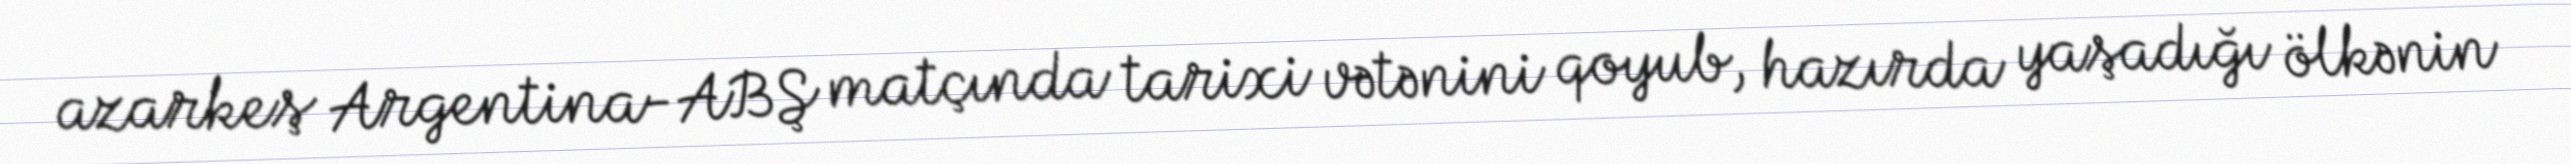
azarkeş Argentina-ABŞ matçında tarixi vətənini qoyub, hazırda yaşadığı ölkənin